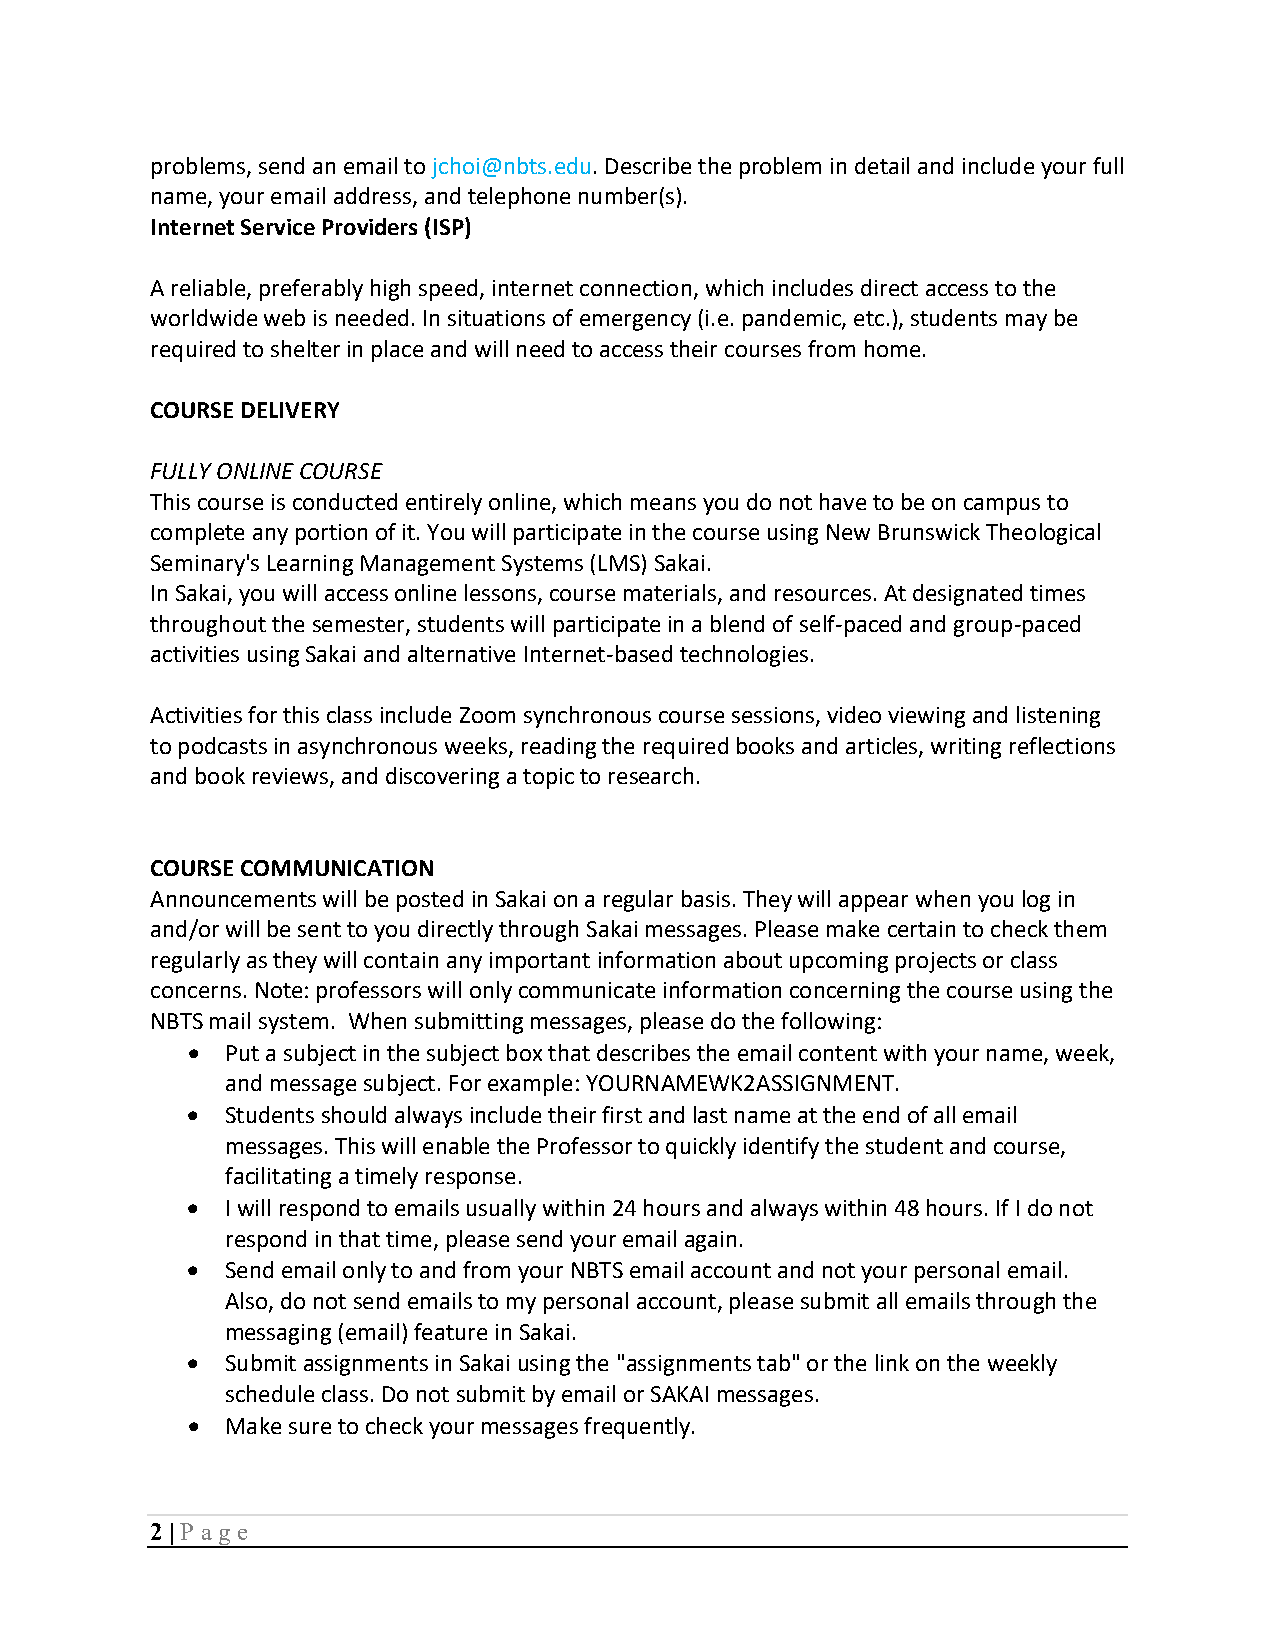
problems, send an email to jchoi@nbts.edu. Describe the problem in detail and include your full
 name, your email address, and telephone number(s).
 Internet Service Providers (ISP)
 A reliable, preferably high speed, internet connection, which includes direct access to the
 worldwide web is needed. In situations of emergency (i.e. pandemic, etc.), students may be
 required to shelter in place and will need to access their courses from home.
 COURSE DELIVERY
 FULLY ONLINE COURSE
 This course is conducted entirely online, which means you do not have to be on campus to
 complete any portion of it. You will participate in the course using New Brunswick Theological
 Seminary's Learning Management Systems (LMS) Sakai.
 In Sakai, you will access online lessons, course materials, and resources. At designated times
 throughout the semester, students will participate in a blend of self-paced and group-paced
 activities using Sakai and alternative Internet-based technologies.
 Activities for this class include Zoom synchronous course sessions, video viewing and listening
 to podcasts in asynchronous weeks, reading the required books and articles, writing reflections
 and book reviews, and discovering a topic to research.
 COURSE COMMUNICATION
 Announcements will be posted in Sakai on a regular basis. They will appear when you log in
 and/or will be sent to you directly through Sakai messages. Please make certain to check them
 regularly as they will contain any important information about upcoming projects or class
 concerns. Note: professors will only communicate information concerning the course using the
 NBTS mail system. When submitting messages, please do the following:
 •  Put a subject in the subject box that describes the email content with your name, week,
 and message subject. For example: YOURNAMEWK2ASSIGNMENT.
 •  Students should always include their first and last name at the end of all email
 messages. This will enable the Professor to quickly identify the student and course,
 facilitating a timely response.
 •  I will respond to emails usually within 24 hours and always within 48 hours. If I do not
 respond in that time, please send your email again.
 •  Send email only to and from your NBTS email account and not your personal email.
 Also, do not send emails to my personal account, please submit all emails through the
 messaging (email) feature in Sakai.
 •  Submit assignments in Sakai using the "assignments tab" or the link on the weekly
 schedule class. Do not submit by email or SAKAI messages.
 •  Make sure to check your messages frequently.
 2 | P age